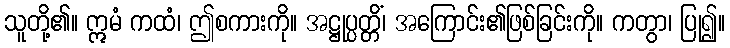
သူတို့၏။ ဣမံ ကထံ၊ ဤစကားကို။ အဋ္ဌုပ္ပတ္တိံ၊ အကြောင်း၏ဖြစ်ခြင်းကို။ ကတွာ၊ ပြု၍။